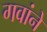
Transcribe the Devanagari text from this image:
गवांने